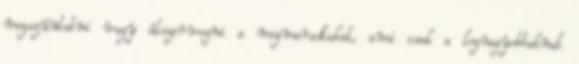
megszüntetni vagy átszervezni a megmaradtakat, ami csak a legnagyobbaknak